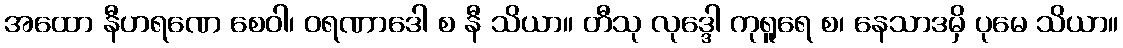
အထော နီဟရဏေ စေဝါ၊ ဝရဏာဒေါ စ နီ သိယာ။ တီသု လုဒ္ဒေါ ကုရူရေ စ၊ နေသာဒမှိ ပုမေ သိယာ။